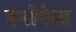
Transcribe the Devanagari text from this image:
एनोफेज